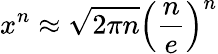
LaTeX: x^{n}\approx\sqrt{2\pi n}\left(\frac{n}{e}\right)^{n}